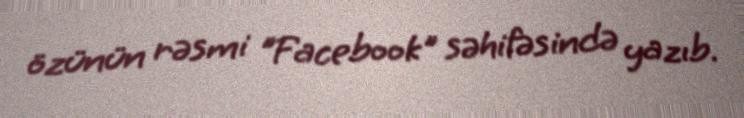
özünün rəsmi "Facebook" səhifəsində yazıb.